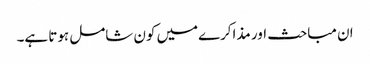
ان مباحث اور مذاکرےمیں کون شامل ہوتا ہے۔